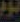
نوم